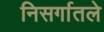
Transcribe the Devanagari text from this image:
निसर्गातले